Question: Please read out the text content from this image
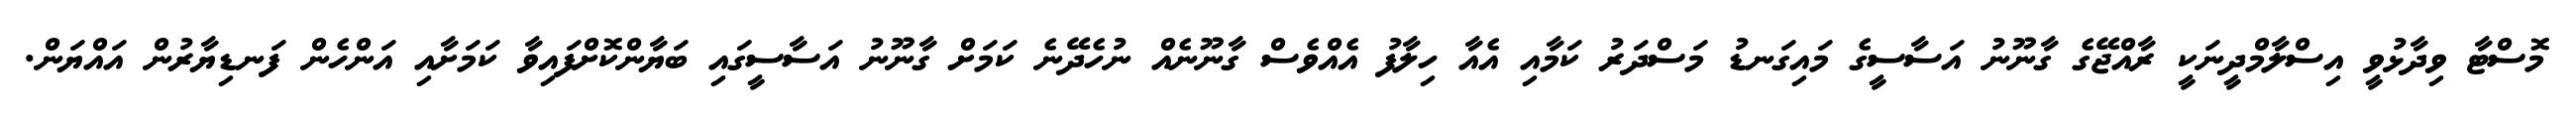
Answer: މޮސްޓާ ވިދާޅުވީ އިސްލާމްދީނަކީ ރާއްޖޭގެ ގާނޫނު އަސާސީގެ މައިގަނޑު މަސްދަރު ކަމާއި އެއާ ހިލާފު އެއްވެސް ގާނޫނެއް ނުހެދޭނެ ކަމަށް ގާނޫނު އަސާސީގައި ބަޔާންކޮށްފައިވާ ކަމަށާއި އަންހެން ފަނޑިޔާރުން އައްޔަން.